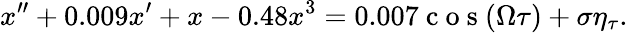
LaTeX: x^{\prime\prime}+0.009x^{\prime}+x-0.48x^{3}=0.007\mathrm{~c~o~s~}(\Omega\tau)+\sigma\eta_{\tau}.